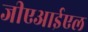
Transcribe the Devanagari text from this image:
जीएआईएल